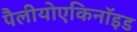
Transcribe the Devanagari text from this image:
पैलीयोएकिनॉइड